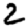
Digit: 2